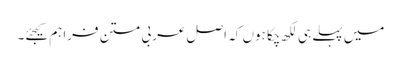
میں پہلے ہی لکھ چکا ہوں کہ اصل عربی متن فراہم کیجئے۔